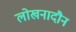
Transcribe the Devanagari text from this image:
लोखनादौन